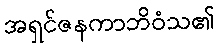
အရှင်ဇနကာဘိဝံသ၏